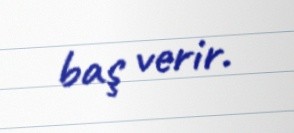
baş verir.